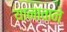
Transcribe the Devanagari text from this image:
यानावाने